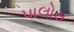
પાલોસ